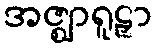
အဇ္ဈာရူဠှာ